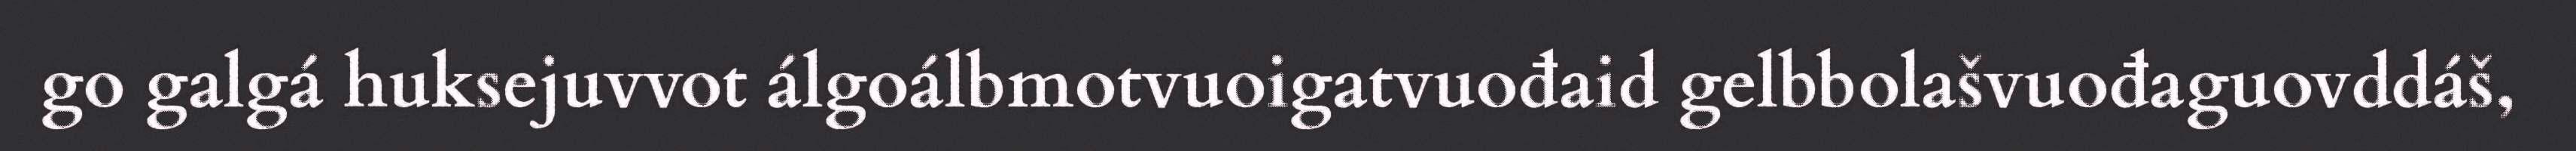
go galgá huksejuvvot álgoálbmotvuoigatvuođaid gelbbolašvuođaguovddáš,